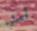
أملي